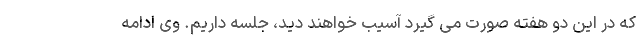
که در این دو هفته صورت می گیرد آسیب خواهند دید، جلسه داریم. وی ادامه